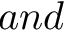
a n d